King Institute of Preventive Medicine Micro-Biological Section reports 1909-11
Year: 1909
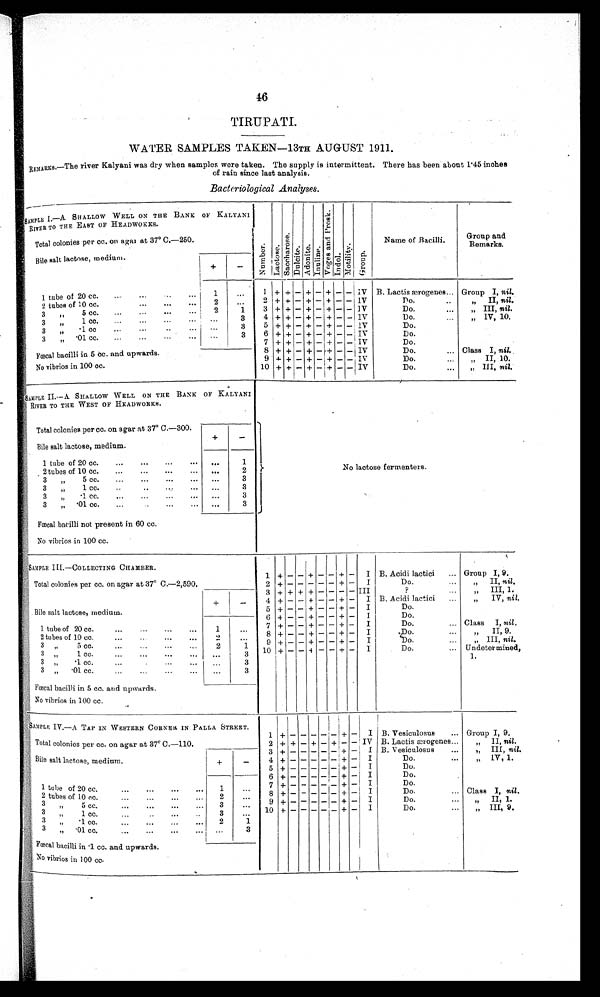
46
TIRUPATI.
WATER SAMPLES TAKEN—13TH AUGUST 1911.
REMARKS . —Th e r i v e r Ka l y a n i wa s d r y wh e n s a mp l e s we r e t a k e n . Th e s u p p l y i s i n t e r mi t t e n t . Th e r e h a s b e e n a b o u t 1 . 4 5 i n c h e s
of rain since last analysis.
Bacteriological Analyses.
SAMPLE I.—A SHALLOW WELL ON THE BANK OF KALYA
N I R I V E R T O T H E E A S T O F H E A D WO K K S .
Number . La c t o s e . Sacchar os e.
Dul ci t e.
Adoni t e. Inul i ne. V o g e s a n d P r o s k .
Indol.
Mot i l i t y.
Group.
Name of Bacilli.
Group and
Remarks.
Total colonies per cc. on agar at 37° C.—250.
Bile salt lactose, medium.
+
-
1 t u b e o f 2 0 c c
1
...
1 + +
- +
- +
- - IV B. Lactis ærogenes... Group I, nil.
2 tubes of 10 cc....
. . .
2
...
2 + +
- +
- +
- - IV
D o . .
.
„ II, nil.
3 „ 5 cc.
...
...
...
2
1
3 +
+ - + - + - - IV
Do.
...
„ III, nil.
3 „ 1 cc.
...
...
. . .
. . .
3
4
+ + - + - + - - I V
Do.
„ IV, 10.
3 „ .1 cc
...
. . .
. . .
. . .
3
5 + +
- +
- +
- - IV
Do.
3 „ .01 cc.
...
...
. . .
. . .
3
6 +
+ - + - + - - IV
Do.
Fœcal bacilli in 5 cc. and upwards.
7 + +
- +
- +
- - IV
Do.
8 + +
- + - +
- - IV
Do.... Class I, nil.
9
+ +
- + - +
- -
IV
Do.
„ I I , 1 0 .
No vibrios in 100 cc.
10 + +
- + - +
- -
I V
Do.
. . .
„ I I I ,
n i l
.
SAMPLE II.—A SHALLOW WELL ON THE BANK OF KALYANI
RIVER TO THE WEST OF HEADWORKS.
No lactose fermenters.
Total colonies per cc. on agar at 37° C.—300.
Bile salt lactose, medium.
+
-
1 tube of 20 cc.
...
...
. . .
. . .
1
2 tubes of 10 cc.
...
...
. . .
. . .
2
3 „ 5 cc.
...
...
... ...
. . .
3
3 „ 1 cc.
...
...
...
...
3
3 „ .1 cc. . . .
. . .
. . .
. . .
3
3 „ .01 cc.
...
...
. . .
. . .
3
Fœcal bacilli not present in 60 cc.
No vibrios in 100 cc.
SAMPLE I I I . — C O L L E C T I N G C H A M B E R .
1 + -
- +
- - +
- I B. Acidi lactici
... Group I, 9.
Total colonies per cc. on agar at 37° C.—2,590.
2
+ -
- - - - +
- I
Do.
...
„ II, nil.
Bile salt lactose, medium.
+
-
3 + + + +
- - - - III
?
„ III, 1.
4
+ - -
+ - - + - I B. Acidi lactici
...
„ IV, nil.
5 + -
- +
- - +
- I
Do.
1 tube of 20 cc.
...
...
...
1
. . .
6 + -
- +
- - +
- I
Do.
7 + -
- +
- - +
- I
Do.
... Class I, nil.
2 tubes of 10 cc....
...
...
2
...
8
+ -
- +
- - +
-
I
D o .
3 „ 5 cc.
...
...
...
2
1
9 + -
- +
- - +
- I
D o .
„ III, nil.
3 „ 1 cc...
...
... ...
. . .
3
10 + -
- + - - +
- I
Do. . . . Undetermined, 1.
3 „ .1 cc.
...
. . .
3
3 „ .01 cc....
...
...
...
...
3
Fœcal bacilli in 5 cc. and upwards.
No vibrios in 100 cc.
SAMPLE IV.—A TAP IN WESTERN CORNER IN PALLA STREET.
1
+
-
- - - - +
-
I B. Vesiculosus
... Group I, 9.
T o t a l
colonies per cc on agar at 3 7° C . — 1 1 0 .
2 + +
- +
- + -
-
I V B. Lactis ærogenes...
„ II, nil.
Bile salt lactose, medium.
+
-
3
+ -
- - - - +
- I B. Vesiculosus
...
„ III, nil.
4 + -
- - - - +
- I
Do.
„ I V , 1 .
5
+ -
- - - - +
- I
Do.
1 tube of 20 cc. ...
...
. . .
. . .
1
...
6
+ -
- - - - +
- I
Do.
7 + -
- - - - +
- I
Do.
2 tubes of 10 cc.
2
...
8 + -
- - - - +
-
I
Do.
... Class I, nil .
3 „ 5 cc.
3
. . .
9 + -
- - - - +
- I
Do.
„ I I , 1 .
3 „ 1 c c .
. . .
. . .
. . .
3
...
10 + -
- - - - +
-
I
Do.
...
„ III, 9.
3 „ .1 cc.
....
...
....
. . .
2
1
3 „ .01 cc.
...
...
...
. . .
. . .
3
Fœcal bacilli in .1 cc. and upwards.
No vibrios in 100 cc.